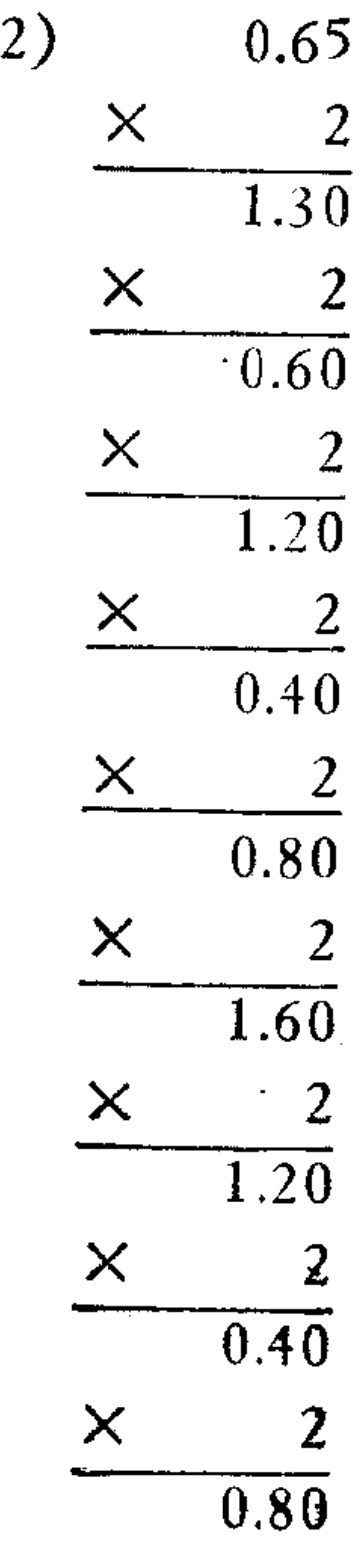
\begin{align*}

0.65\times2&=1.30\\

1.30\times2&=0.60\\

0.60\times2&=1.20\\

1.20\times2&=0.40\\

0.40\times2&=0.80\\

0.80\times2&=1.60\\

1.60\times2&=1.20\\

1.20\times2&=0.40\\

0.40\times2&=0.80

\end{align*}